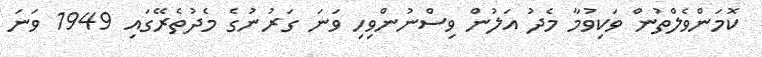
ކޮމަންވެލްތުން ވަކިވުމާ މެދު އަލުން ވިސްނުންވިހި ވަނަ ގަރުނުގެ މެދުތެރޭގައި 1949 ވަނަ